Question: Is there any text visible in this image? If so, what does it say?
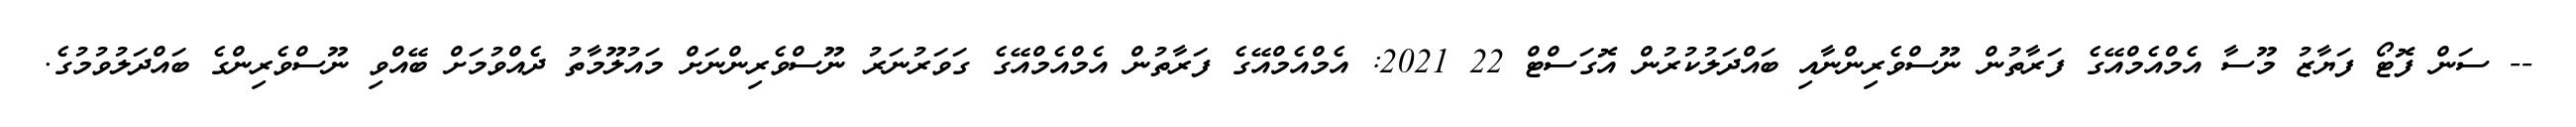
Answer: -- ސަން ފޮޓޯ ފަޔާޒު މޫސާ އެމްއެމްއޭގެ ފަރާތުން ނޫސްވެރިންނާއި ބައްދަލުކުރުން އޮގަސްޓް 22 2021: އެމްއެމްއޭގެ ފަރާތުން އެމްއެމްއޭގެ ގަވަރުނަރު ނޫސްވެރިންނަށް މައުލޫމާތު ދެއްވުމަށް ބޭއްވި ނޫސްވެރިންގެ ބައްދަލުވުމުގެ.